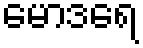
မောဒရေ